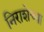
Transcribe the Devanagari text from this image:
निराशेच्या